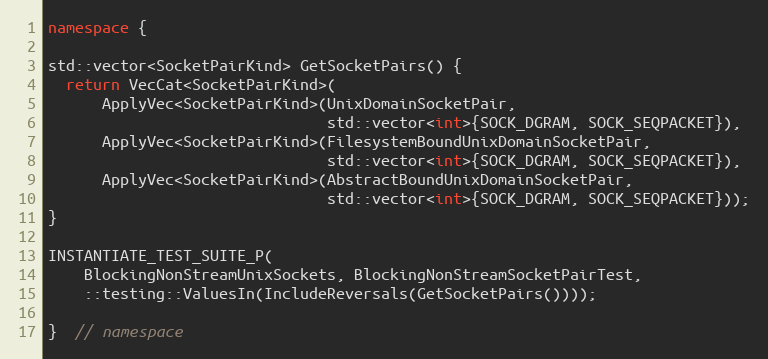
Language: C++
namespace {

std::vector<SocketPairKind> GetSocketPairs() {
  return VecCat<SocketPairKind>(
      ApplyVec<SocketPairKind>(UnixDomainSocketPair,
                               std::vector<int>{SOCK_DGRAM, SOCK_SEQPACKET}),
      ApplyVec<SocketPairKind>(FilesystemBoundUnixDomainSocketPair,
                               std::vector<int>{SOCK_DGRAM, SOCK_SEQPACKET}),
      ApplyVec<SocketPairKind>(AbstractBoundUnixDomainSocketPair,
                               std::vector<int>{SOCK_DGRAM, SOCK_SEQPACKET}));
}

INSTANTIATE_TEST_SUITE_P(
    BlockingNonStreamUnixSockets, BlockingNonStreamSocketPairTest,
    ::testing::ValuesIn(IncludeReversals(GetSocketPairs())));

}  // namespace